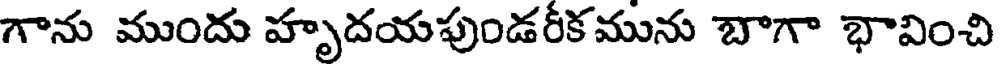
గాను ముందు హృదయపుండరీకమును బాగా భావించి